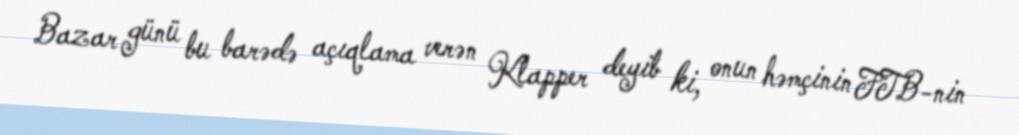
Bazar günü bu barədə açıqlama verən Klapper deyib ki, onun həmçinin FTB-nin